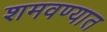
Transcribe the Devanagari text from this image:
शमवण्यात